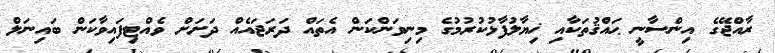
ރާއްޖޭގެ އިންސާނީ ޙައްޤުތަކާއި ޚިޔާލުފާޅުކުރުމުގެ މިނިވަންކަން އެތައް ދަރަޖައެއް ދަށަށް ވެއްޓިފައިވާކަން ބައިނަލް